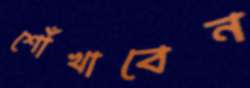
শোঁখাবেন